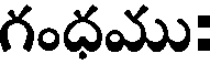
గంధము: